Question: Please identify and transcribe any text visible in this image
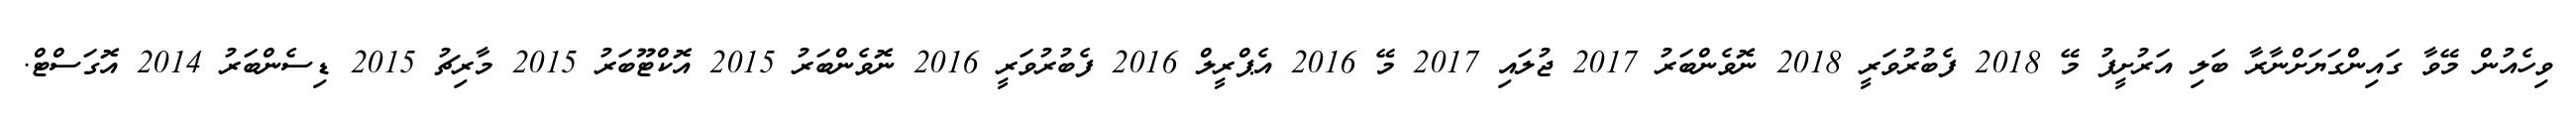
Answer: ވިހެއުން މޭވާ ގައިންގަޔަށްނާރާ ބަލި އަރުށީފު މޭ 2018 ފެބުރުވަރީ 2018 ނޮވެންބަރު 2017 ޖުލައި 2017 މޭ 2016 އެޕްރީލް 2016 ފެބުރުވަރީ 2016 ނޮވެންބަރު 2015 އޮކްޓޫބަރު 2015 މާރިޗު 2015 ޑިސެންބަރު 2014 އޮގަސްޓް.